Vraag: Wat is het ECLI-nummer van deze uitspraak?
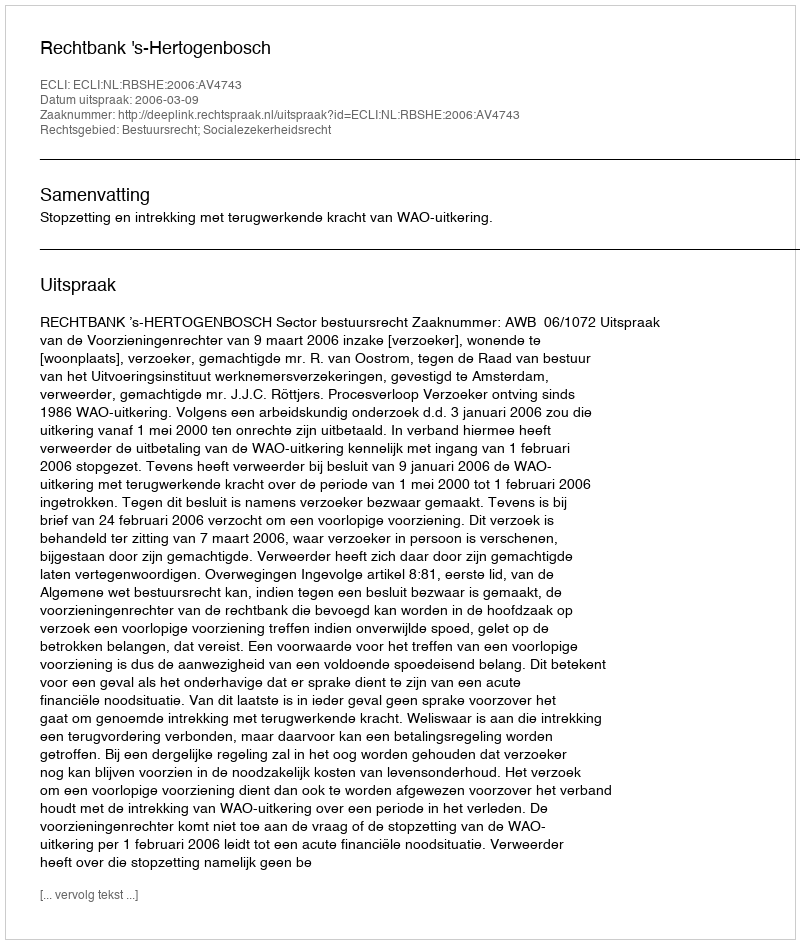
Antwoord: ECLI:NL:RBSHE:2006:AV4743